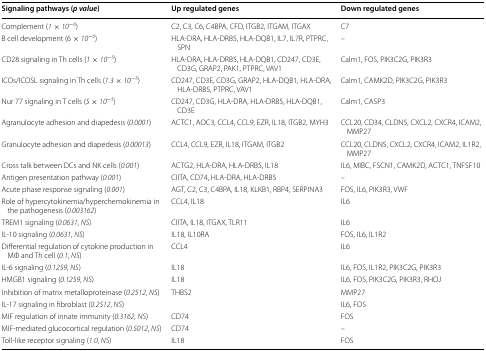
<table><thead><tr><td><b>Signaling pathways (<i>p value</i>)</b></td><td><b>Up regulated genes</b></td><td><b>Down regulated genes</b></td></tr></thead><tbody><tr><td>Complement (<i>1</i> × <i>10</i><sup>−<i>6</i></sup>)</td><td>C2, C3, C6, C4BPA, CFD, ITGB2, ITGAM, ITGAX</td><td>C7</td></tr><tr><td>B cell development (6 × <i>10</i><sup>−<i>6</i></sup>)</td><td>HLA-DRA, HLA-DRB5, HLA-DQB1, IL7, IL7R, PTPRC, SPN</td><td>–</td></tr><tr><td>CD28 signaling in Th cells (<i>1</i> × <i>10</i><sup>−<i>5</i></sup>)</td><td>HLA-DRA, HLA-DRB5, HLA-DQB1, CD247, CD3E, CD3G, GRAP2, PAK1, PTPRC, VAV1</td><td>Calm1, FOS, PIK3C2G, PIK3R3</td></tr><tr><td>ICOs/ICOSL signaling in Th cells (<i>1.3</i> × <i>10</i><sup>−<i>5</i></sup>)</td><td>CD247, CD3E, CD3G, GRAP2, HLA-DQB1, HLA-DRA, HLA-DRB5, PTPRC, VAV1</td><td>Calm1, CAMK2D, PIK3C2G, PIK3R3</td></tr><tr><td>Nur 77 signaling in T cells (<i>5</i> × <i>10</i><sup>−<i>5</i></sup>)</td><td>CD247, CD3G, HLA-DRA, HLA-DRB5, HLA-DQB1, CD3E</td><td>Calm1, CASP3</td></tr><tr><td>Agranulocyte adhesion and diapedesis (<i>0.0001</i>)</td><td>ACTC1, AOC3, CCL4, CCL9, EZR, IL18, ITGB2, MYH3</td><td>CCL20, CD34, CLDN5, CXCL2, CXCR4, ICAM2, MMP27</td></tr><tr><td>Granulocyte adhesion and diapedesis (<i>0.00013</i>)</td><td>CCL4, CCL9, EZR, IL18, ITGAM, ITGB2</td><td>CCL20, CLDN5, CXCL2, CXCR4, ICAM2, IL1R2, MMP27</td></tr><tr><td>Cross talk between DCs and NK cells (<i>0.001</i>)</td><td>ACTG2, HLA-DRA, HLA-DRB5, IL18</td><td>IL6, MIBC, FSCN1, CAMK2D, ACTC1, TNFSF10</td></tr><tr><td>Antigen presentation pathway (<i>0.001</i>)</td><td>CIITA, CD74, HLA-DRA, HLA-DRB5</td><td>–</td></tr><tr><td>Acute phase response signaling (<i>0.001</i>)</td><td>AGT, C2, C3, C4BPA, IL18, KLKB1, RBP4, SERPINA3</td><td>FOS, IL6, PIK3R3, VWF</td></tr><tr><td>Role of hypercytokinemia/hyperchemokinemia in the pathogenesis (<i>0.003162</i>)</td><td>CCL4, IL18</td><td>IL6</td></tr><tr><td>TREM1 signaling (<i>0.0631</i>, <i>NS</i>)</td><td>CIITA, IL18, ITGAX, TLR11</td><td>IL6</td></tr><tr><td>IL-10 signaling (<i>0.0631</i>, <i>NS</i>)</td><td>IL18, IL10RA</td><td>FOS, IL6, IL1R2</td></tr><tr><td>Differential regulation of cytokine production in MΦ and Th cell (<i>0.1</i>, <i>NS</i>)</td><td>CCL4</td><td>IL6</td></tr><tr><td>IL-6 signaling (<i>0.1259</i>, <i>NS</i>)</td><td>IL18</td><td>IL6, FOS, IL1R2, PIK3C2G, PIK3R3</td></tr><tr><td>HMGB1 signaling (<i>0.1259</i>, <i>NS</i>)</td><td>IL18</td><td>IL6, FOS, PIK3C2G, PIK3R3, RHOJ</td></tr><tr><td>Inhibition of matrix metalloproteinase (<i>0.2512</i>, <i>NS</i>)</td><td>THBS2</td><td>MMP27</td></tr><tr><td>IL-17 signaling in fibroblast (<i>0.2512</i>, <i>NS</i>)</td><td></td><td>IL6, FOS</td></tr><tr><td>MIF regulation of innate immunity (<i>0.3162</i>, <i>NS</i>)</td><td>CD74</td><td>FOS</td></tr><tr><td>MIF-mediated glucocortical regulation (<i>0.5012</i>, <i>NS</i>)</td><td>CD74</td><td>–</td></tr><tr><td>Toll-like receptor signaling (<i>1.0</i>, <i>NS</i>)</td><td>IL18</td><td>FOS</td></tr></tbody></table>